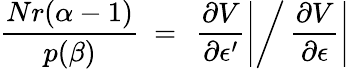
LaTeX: \frac{Nr(\alpha-1)}{p(\beta)}~=~\left.\frac{\partial V}{\partial\epsilon^{\prime}}\right|\bigg/\left.\frac{\partial V}{\partial\epsilon}\right|